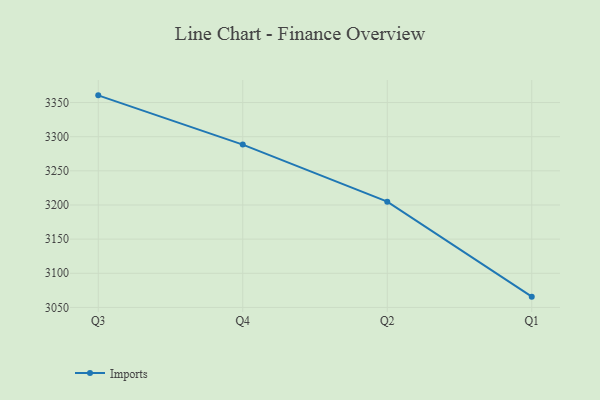
{"axis": {"x": "Quarter", "y": "Satisfaction Score"}, "legend": ["Imports"], "data": [{"x": "Q3", "y": 3360.5, "type": "Imports"}, {"x": "Q4", "y": 3288.4, "type": "Imports"}, {"x": "Q2", "y": 3204.9, "type": "Imports"}, {"x": "Q1", "y": 3065.8, "type": "Imports"}]}